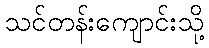
သင်တန်းကျောင်းသို့